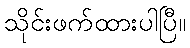
သိုင်းဖက်ထားပါပြီ။